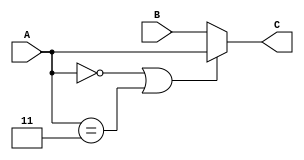
`timescale 1ns / 1ps
//////////////////////////////////////////////////////////////////////////////////
// Company: 
// Engineer: 
// 
// Design Name: 
// Module Name:    parallelPrefix 
// Project Name: 
// Target Devices: 
// Tool versions: 
// Description: 
//
// Dependencies: 
//
// Revision: 
// Revision 0.01 - File Created
// Additional Comments: 
//
//////////////////////////////////////////////////////////////////////////////////
module parallelPrefix(
    input [1:0] A,
    input [1:0] B,
    output reg [1:0] C
    );

	always@(A, B)
	begin
		if(A == 2'b00 || A == 2'b11)
			C = A;
		else
			C = B;
	end

endmodule